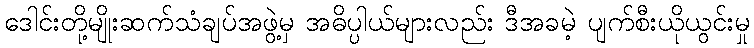
ဒေါင်းတို့မျိုးဆက်သံချပ်အဖွဲ့မှ အဓိပ္ပါယ်များလည်း ဒီအခမဲ့ ပျက်စီးယိုယွင်းမှု